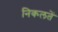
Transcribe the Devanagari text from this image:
निकलतें